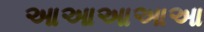
આઆઆઆઆ